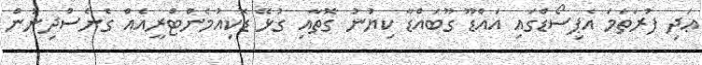
ޢަދި ފުރަތަމަ އެޕިސޯޑްގައި އައްޑޫ ގޫބައްޑާ ކިޔުނު ގޮތާއި ގުޅޭ ޑޮކިއުމެންޓްރީއެއް ގެނެސްދިނުން